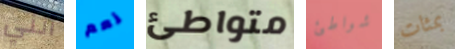
أنني نعم متواطئ شواطئ بمئات